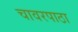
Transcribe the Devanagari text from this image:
चावरपाठा